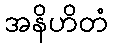
အနိဟိတံ